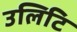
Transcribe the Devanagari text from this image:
उलिटि